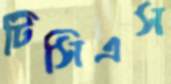
টিসিএস